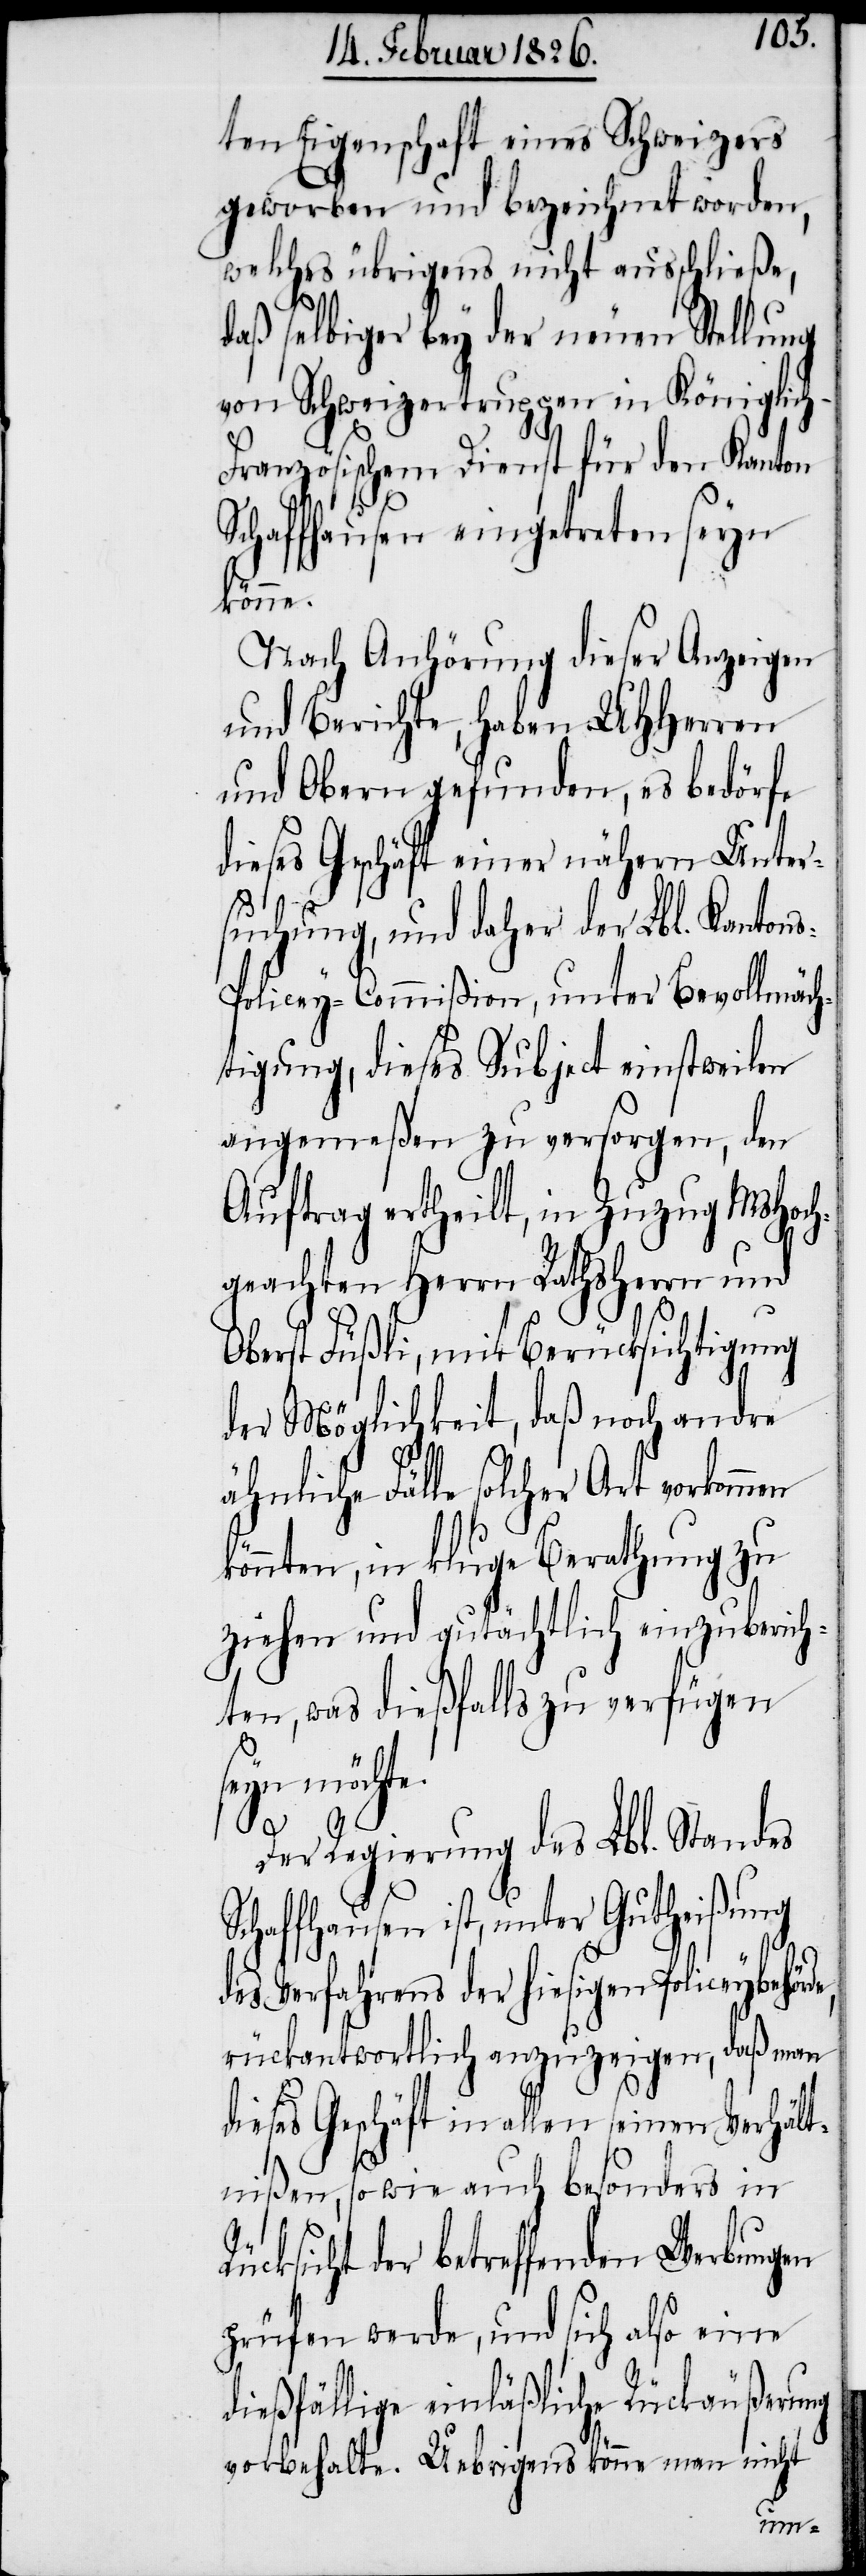
ten Eigenschaft eines Schweizers
geworben und bezeichnet worden,
welches übrigens nicht ausschließe,
daß selbiger bey der neuen Stellung
von Schweizertruppen in Königlic¬
ranzösischem Dienst für den Kanton
Schaffhausen eingetreten seyn
könne.
Nach Anhörung dieser Anzeigen
und Berichte, haben UHHerren
und Obern gefunden, es bedörfe
dieses Geschäft einer nähern Unter¬
suchung, und daher der Lbl. Kanton¬
s-Policey-Commißion, unter Bevollmäch¬
tigung, dieses Subject einstweilen
angemeßen zu versorgen, den
Auftrag ertheilt, in Zuzug MsHoch¬
geachten Herrn Rathsherrn und
Oberst Füßli, mit Berücksichtigung
der Möglichkeit, daß noch andre
ähnliche Fälle solcher Art vorkommen
könnten, in kluge Berathung zu
ziehen und gutächtlich einzuberich¬
ten, was dießfalls zu verfügen
seyn möchte.
de,
Der Regierung des Lbl. Standes
Schaffhausen ist, unter Gutheißung
des Verfahrens der hiesigen Policeybehör¬
rückantwortlich anzuzeigen, daß man
dieses Geschäft in allen seinen Verhält¬
nißen, so wie auch besonders in
Rücksicht der betreffenden Werbungen
prüfen werde, und sich also eine
dießfällige einläßliche Rückäußerung
vorbehalte. Uebrigens könne man nicht